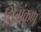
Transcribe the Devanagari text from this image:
चित्रांकण